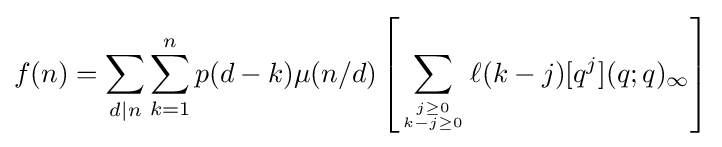
f(n)=\sum _{d|n}\sum _{k=1}^{n}p(d-k)\mu (n/d)\left[\sum _{j\geq 0 \atop k-j\geq 0}\ell (k-j)[q^{j}](q;q)_{\infty }\right]